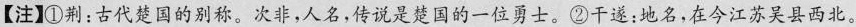
【注】1①荆：古代楚国的别称。次非，人名，传说是楚国的一位勇士。②干遂；地名，在今江苏吴县西北。